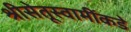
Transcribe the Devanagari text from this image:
श्रीसेतूस्वामींकडे